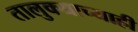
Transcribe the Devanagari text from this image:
तालुक्याच्याही